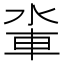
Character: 𨋉